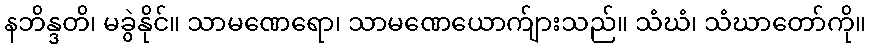
နဘိန္ဒတိ၊ မခွဲနိုင်။ သာမဏေရော၊ သာမဏေယောက်ျားသည်။ သံဃံ၊ သံဃာတော်ကို။